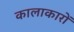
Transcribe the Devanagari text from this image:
कालाकारों